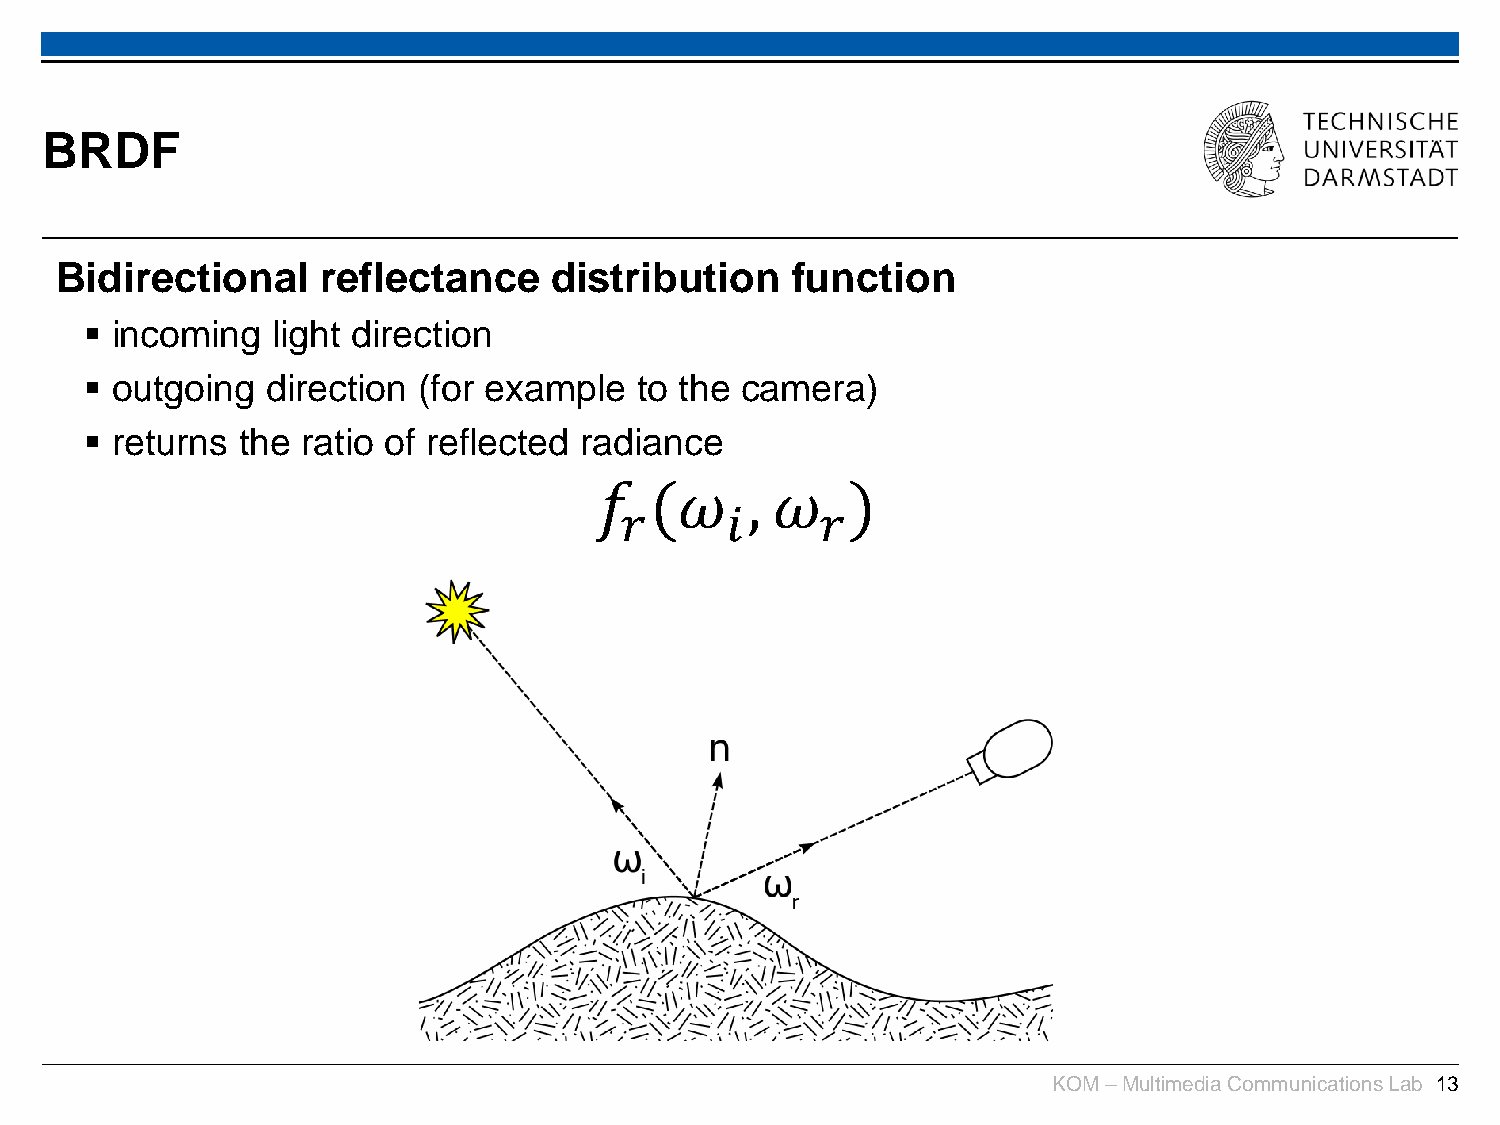
BRDF
 Bidirectional    reflectance    distribution    function
  incoming  light direction
  outgoing  direction (for example  to the camera)
  returns the ratio of reflected radiance
 𝑓   (𝜔    , 𝜔    )
 𝑟      𝑖     𝑟
 KOM –Multimedia Communications Lab 13